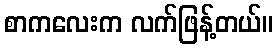
စာကလေးက လက်ဖြန့်တယ်။